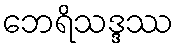
ဘေရိသဒ္ဒဿ